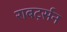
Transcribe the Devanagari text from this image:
राबर्ट्सन